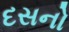
દસનો